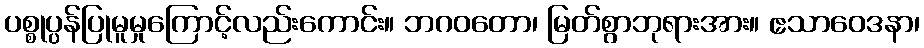
ပစ္စုပ္ပန်ပြုမူမှုကြောင့်လည်းကောင်း။ ဘဂဝတော၊ မြတ်စွာဘုရားအား။ ဧသာဝေဒနာ၊